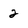
Character: 2